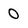
Character: 0